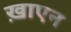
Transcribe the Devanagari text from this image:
ख़ाएन